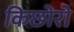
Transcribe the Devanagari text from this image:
किछोरो